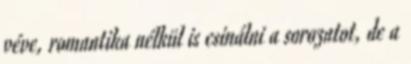
véve, romantika nélkül is csinálni a sorozatot, de a